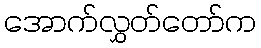
အောက်လွှတ်တော်က